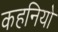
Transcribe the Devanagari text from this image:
कहनियो